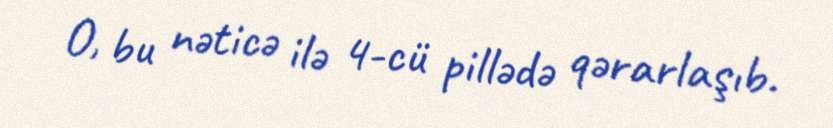
O, bu nəticə ilə 4-cü pillədə qərarlaşıb.